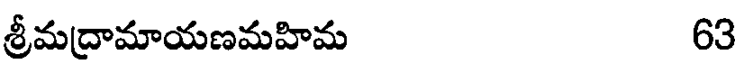
శ్రీమద్రామాయణమహిమ 63